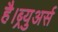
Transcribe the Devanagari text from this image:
है।ब्र्युअर्स